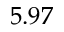
5 . 9 7